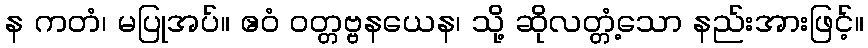
န ကတံ၊ မပြုအပ်။ ဧဝံ ဝတ္တဗ္ဗနယေန၊ သို့ ဆိုလတ္တံ့သော နည်းအားဖြင့်။